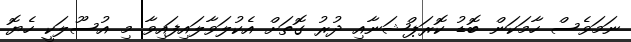
ނަމަވެސް ހާމަކަން ބޮޑު ކޮރަޕްޝަނާއި ދުރު ގޮތަށް އެކުލަވާލައިފައިވާ މި އުސޫލަކީ ހެޔޮ